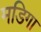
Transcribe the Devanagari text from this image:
मडिगा